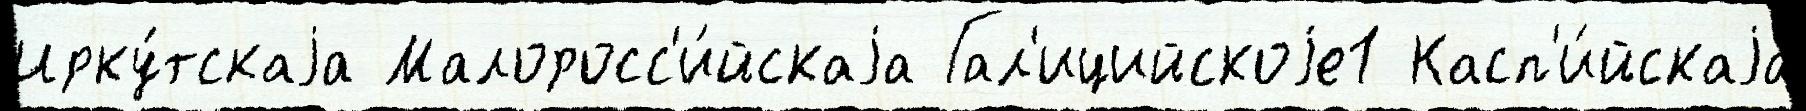
Ирку́тскаjа Малоросс'и́йскаjа Гал'ицийскоjе1 Касп'и́йскаjа